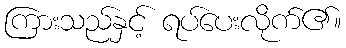
ကြားသည်နှင့် ရပ်ပေးလိုက်၏။